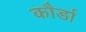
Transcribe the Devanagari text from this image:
कौर्डा